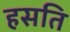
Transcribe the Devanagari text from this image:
हसति